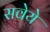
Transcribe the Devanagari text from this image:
सवेये